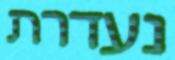
נעדרת